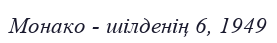
Монако - шілденің 6, 1949